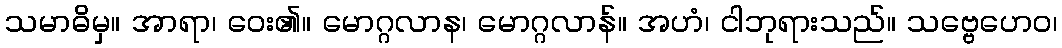
သမာဓိမှ။ အာရာ၊ ဝေး၏။ မောဂ္ဂလာန၊ မောဂ္ဂလာန်။ အဟံ၊ ငါဘုရားသည်။ သဗ္ဗေဟေဝ၊